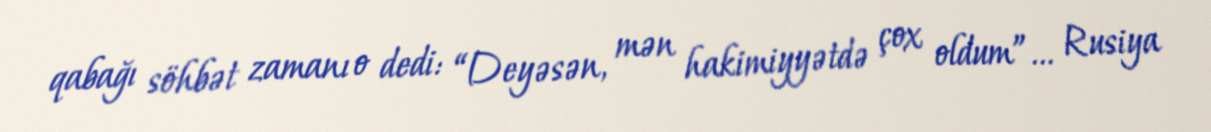
qabağı söhbət zamanı o dedi: “Deyəsən, mən hakimiyyətdə çox oldum”... Rusiya